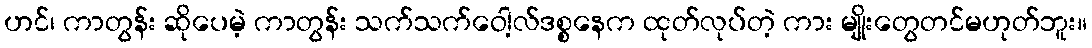
ဟင်၊ ကာတွန်း ဆိုပေမဲ့ ကာတွန်း သက်သက်ဝေါ့လ်ဒစ္စနေက ထုတ်လုပ်တဲ့ ကား မျိုးတွေတင်မဟုတ်ဘူး။